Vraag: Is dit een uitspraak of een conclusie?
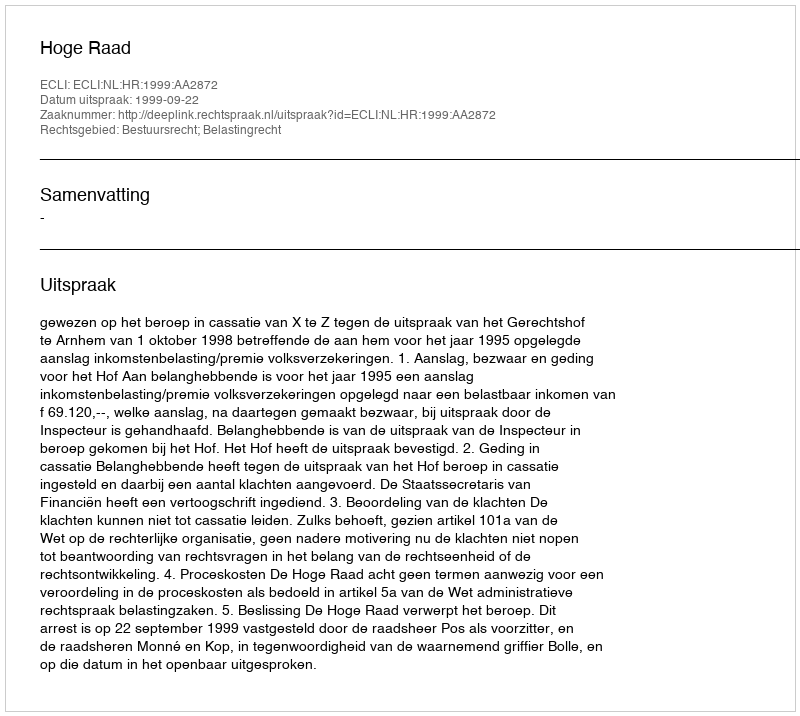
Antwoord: Uitspraak